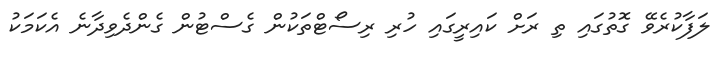
ލަފާކުރެވޭ ގޮތުގައި ތި ރަށް ކައިރީގައި ހުރި ރިސޯޓްތަކުން ގެސްޓުން ގެންދެވިދާނެ އެކަމަކު